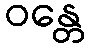
ဝန္တေ